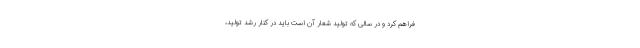
فراهم کرد و در سالی که تولید شعار آن است باید در کنار رشد تولید،